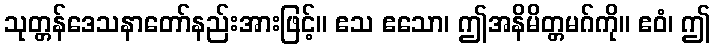
သုတ္တန်ဒေသနာတော်နည်းအားဖြင့်။ ဧသ ဧသော၊ ဤအနိမိတ္တမဂ်ကို။ ဧဝံ၊ ဤ